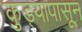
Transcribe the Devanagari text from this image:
कुड्यापासून